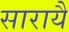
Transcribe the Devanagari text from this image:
सारायै